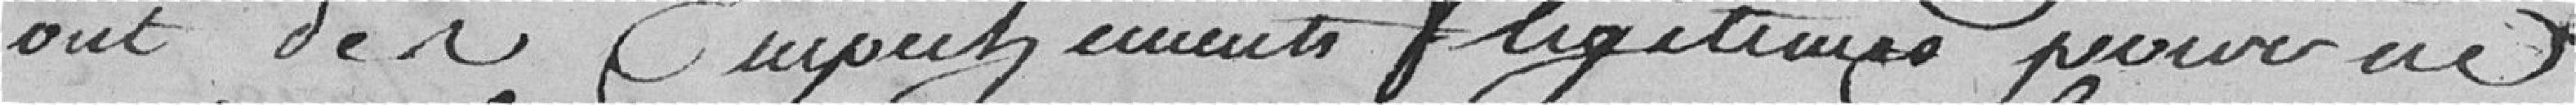
ont des  Emplacements légitimes pour ne